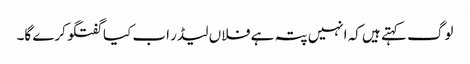
لوگ کہتے ہیں کہ انہیں پتہ ہے فلاں لیڈر اب کیا گفتگو کرے گا۔